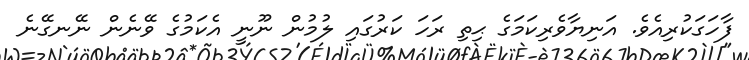
ފާހަގަކުރިއެވެ. އަނިޔާވެރިކަމަގެ ޙިތި ރަހަ ކަރުގައި ލުމުން ނޫނީ އެކަމުގެ ވޭނެން ނޭނގޭނެ